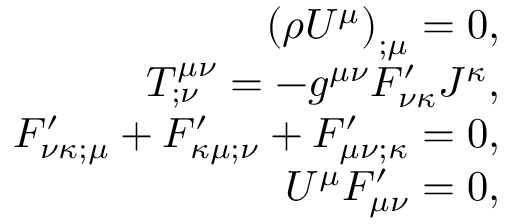
\begin{array} { r } { \left( \rho U ^ { \mu } \right) _ { ; \mu } = 0 , } \\ { T _ { ; \nu } ^ { \mu \nu } = - g ^ { \mu \nu } F _ { \nu \kappa } ^ { \prime } J ^ { \kappa } , } \\ { F _ { \nu \kappa ; \mu } ^ { \prime } + F _ { \kappa \mu ; \nu } ^ { \prime } + F _ { \mu \nu ; \kappa } ^ { \prime } = 0 , } \\ { U ^ { \mu } F _ { \mu \nu } ^ { \prime } = 0 , } \end{array}